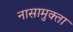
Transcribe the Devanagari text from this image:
नासामुक्ता